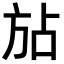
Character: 𪯴